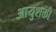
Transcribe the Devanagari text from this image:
आयुशक्ती